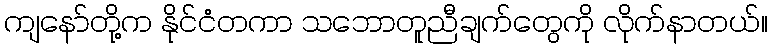
ကျနော်တို့က နိုင်ငံတကာ သဘောတူညီချက်တွေကို လိုက်နာတယ်။